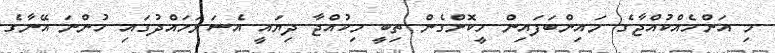
މި އަންހެއްކުއްޖާގެ މައިންބަފައިން ހީކޮށްގެން ތިބީ މިކުއްޖާ ދިޔައީ އެސަރަހައްދުގައި ހުންނަ އޭނާގެ